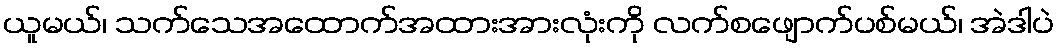
ယူမယ်၊ သက်သေအထောက်အထားအားလုံးကို လက်စဖျောက်ပစ်မယ်၊ အဲဒါပဲ